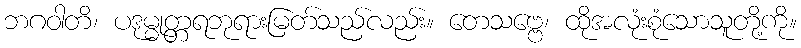
ဘဂဝါတိ၊ ပဒုမ္မုတ္တရဘုရားမြတ်သည်လည်း။ တေသဗ္ဗေ၊ ထိုအလုံးစုံသောသူတို့ကို။